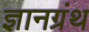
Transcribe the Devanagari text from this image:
ज्ञानग्रंथ